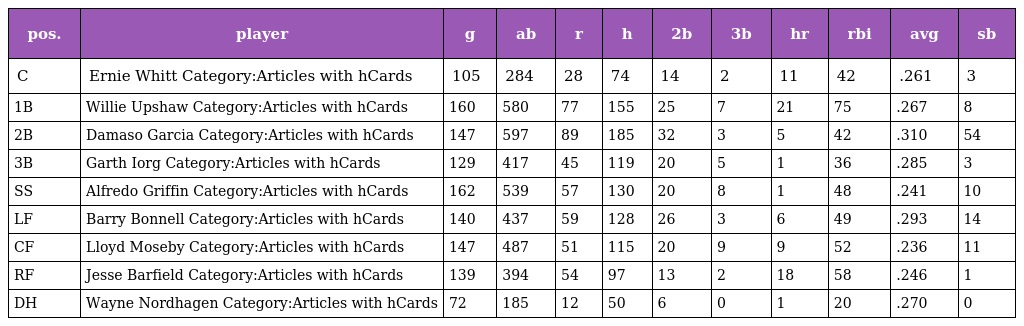
| pos. | player | g | ab | r | h | 2b | 3b | hr | rbi | avg | sb |
 | --- | --- | --- | --- | --- | --- | --- | --- | --- | --- | --- | --- |
 | C | Ernie Whitt Category:Articles with hCards | 105 | 284 | 28 | 74 | 14 | 2 | 11 | 42 | .261 | 3 |
 | 1B | Willie Upshaw Category:Articles with hCards | 160 | 580 | 77 | 155 | 25 | 7 | 21 | 75 | .267 | 8 |
 | 2B | Damaso Garcia Category:Articles with hCards | 147 | 597 | 89 | 185 | 32 | 3 | 5 | 42 | .310 | 54 |
 | 3B | Garth Iorg Category:Articles with hCards | 129 | 417 | 45 | 119 | 20 | 5 | 1 | 36 | .285 | 3 |
 | SS | Alfredo Griffin Category:Articles with hCards | 162 | 539 | 57 | 130 | 20 | 8 | 1 | 48 | .241 | 10 |
 | LF | Barry Bonnell Category:Articles with hCards | 140 | 437 | 59 | 128 | 26 | 3 | 6 | 49 | .293 | 14 |
 | CF | Lloyd Moseby Category:Articles with hCards | 147 | 487 | 51 | 115 | 20 | 9 | 9 | 52 | .236 | 11 |
 | RF | Jesse Barfield Category:Articles with hCards | 139 | 394 | 54 | 97 | 13 | 2 | 18 | 58 | .246 | 1 |
 | DH | Wayne Nordhagen Category:Articles with hCards | 72 | 185 | 12 | 50 | 6 | 0 | 1 | 20 | .270 | 0 |